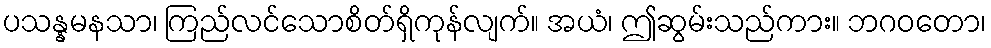
ပသန္နမနသာ၊ ကြည်လင်သောစိတ်ရှိကုန်လျက်။ အယံ၊ ဤဆွမ်းသည်ကား။ ဘဂဝတော၊